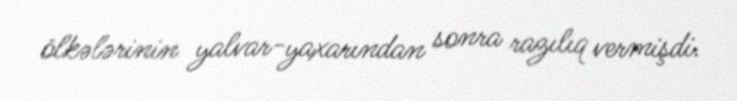
ölkələrinin yalvar-yaxarından sonra razılıq vermişdi.